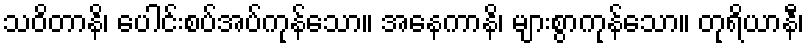
သဝိတာနိ၊ ပေါင်းစပ်အပ်ကုန်သော။ အနေကာနိ၊ များစွာကုန်သော။ တုရိယာနီ၊